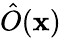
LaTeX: \hat{O}(\mathbf{x})